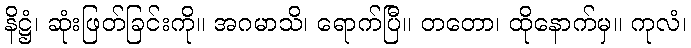
နိဋ္ဌံ၊ ဆုံးဖြတ်ခြင်းကို။ အဂမာသိ၊ ရောက်ပြီ။ တတော၊ ထိုနောက်မှ။ ကုလံ၊